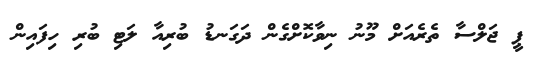
ޕީ ޖަލްސާ ތެރެއަށް މޫނު ނިވާކޮށްގެން ދަގަނޑު ބުރިއާ ލަޓި ބުރި ހިފައިން